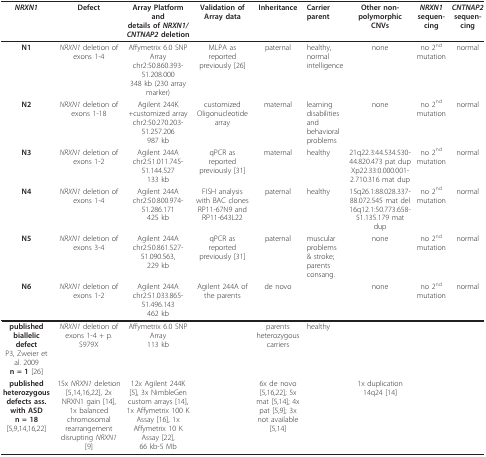
<table><thead><tr><td><b><i>NRXN1</i></b></td><td><b>Defect</b></td><td><b>Array Platform anddetails of <i>NRXN1/CNTNAP2 </i>deletion</b></td><td><b>Validation of Array data</b></td><td><b>Inheritance</b></td><td><b>Carrier parent</b></td><td><b>Other non-polymorphic CNVs</b></td><td><b><i>NRXN1</i>sequen-cing</b></td><td><b><i>CNTNAP2</i>sequen-cing</b></td></tr></thead><tbody><tr><td><b>N1</b></td><td><i>NRXN1 </i>deletion of exons 1-4</td><td>Affymetrix 6.0 SNP Arraychr2:50.860.393-51.208.000348 kb (230 array marker)</td><td>MLPA as reported previously [26]</td><td>paternal</td><td>healthy, normal intelligence</td><td>none</td><td>no 2<sup>nd </sup>mutation</td><td>normal</td></tr><tr><td><b>N2</b></td><td><i>NRXN1 </i>deletion of exons 1-18</td><td>Agilent 244K+customized arraychr2:50.270.203-51.257.206987 kb</td><td>customized Oligonucleotide array</td><td>maternal</td><td>learning disabilities and behavioral problems</td><td>none</td><td>no 2<sup>nd </sup>mutation</td><td>normal</td></tr><tr><td><b>N3</b></td><td><i>NRXN1 </i>deletion of exons 1-2</td><td>Agilent 244Achr2:51.011.745-51.144.527133 kb</td><td>qPCR as reported previously [31]</td><td>maternal</td><td>healthy</td><td>21q22.3:44.534.530-44.820.473 pat dupXp22.33:0.000.001-2.710.316 mat dup</td><td>no 2<sup>nd </sup>mutation</td><td>normal</td></tr><tr><td><b>N4</b></td><td><i>NRXN1 </i>deletion of exons 1-4</td><td>Agilent 244Achr2:50.800.974-51.286.171425 kb</td><td>FISH analysis with BAC clones RP11-67N9 and RP11-643L22</td><td>paternal</td><td>healthy</td><td>15q26.1:88.028.337-88.072.545 mat del 16q12.1:50.773.658-51.135.179 mat dup</td><td>no 2<sup>nd </sup>mutation</td><td>normal</td></tr><tr><td><b>N5</b></td><td><i>NRXN1 </i>deletion of exons 3-4</td><td>Agilent 244Achr2:50.861.527-51.090.563,229 kb</td><td>qPCR as reported previously [31]</td><td>paternal</td><td>muscular problems &amp; stroke; parents consang.</td><td>none</td><td>no 2<sup>nd </sup>mutation</td><td>normal</td></tr><tr><td><b>N6</b></td><td><i>NRXN1 </i>deletion of exons 1-2</td><td>Agilent 244Achr2:51.033.865-51.496.143462 kb</td><td>Agilent 244A of the parents</td><td>de novo</td><td></td><td>none</td><td>no 2<sup>nd </sup>mutation</td><td>normal</td></tr><tr><td><b>published biallelic defect</b>P3, Zweier et al. 2009<b>n = 1 </b>[26]</td><td><i>NRXN1 </i>deletion of exons 1-4 + p.S979X</td><td>Affymetrix 6.0 SNP Array113 kb</td><td></td><td>parents heterozygous carriers</td><td>healthy</td><td></td><td></td><td></td></tr><tr><td><b>published heterozygous defects ass. with ASD</b><b>n = 18 </b>[5,9,14,16,22]</td><td>15x <i>NRXN1 </i>deletion [5,14,16,22], 2x NRXN1 gain [14], 1x balanced chromosomal rearrangement disrupting <i>NRXN1 </i>[9]</td><td>12x Agilent 244K [5], 3x NimbleGen custom arrays [14], 1x Affymetrix 100 K Assay [16], 1x Affymetrix 10 K Assay [22],66 kb-5 Mb</td><td></td><td>6x de novo [5,16,22]; 5x mat [5,14]; 4x pat [5,9]; 3x not available [5,14]</td><td></td><td>1x duplication 14q24 [14]</td><td></td><td></td></tr></tbody></table>